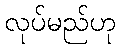
လုပ်မည်ဟု